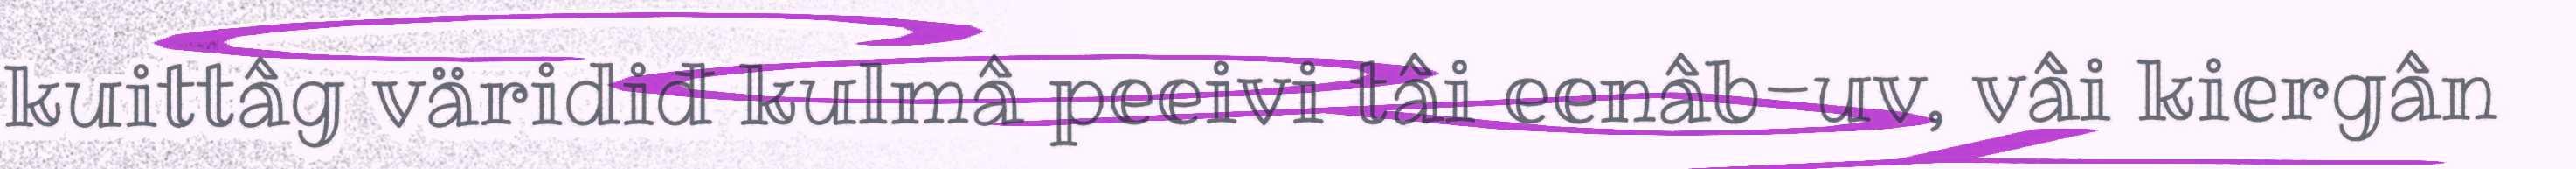
kuittâg väridiđ kulmâ peeivi tâi eenâb-uv, vâi kiergân